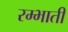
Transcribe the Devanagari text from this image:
रम्भाती